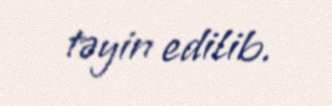
təyin edilib.